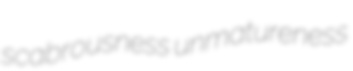
scabrousness unmatureness